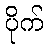
ပိုက်